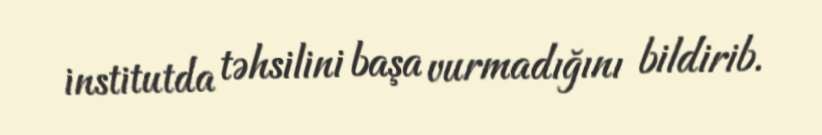
institutda təhsilini başa vurmadığını bildirib.